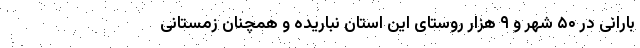
بارانی در ۵۰ شهر و ۹ هزار روستای این استان نباریده و همچنان زمستانی